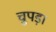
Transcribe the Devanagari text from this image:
चुपड़ा